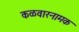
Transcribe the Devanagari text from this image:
कळवारनामक